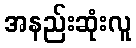
အနည်းဆုံးလူ